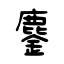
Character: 鏖